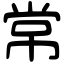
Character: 常